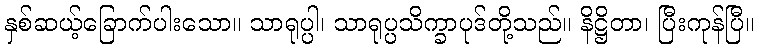
နှစ်ဆယ့်ခြောက်ပါးသော။ သာရုပ္ပါ၊ သာရုပ္ပသိက္ခာပုဒ်တို့သည်။ နိဋ္ဌိတာ၊ ပြီးကုန်ပြီ။